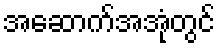
အဆောက်အအုံတွင်